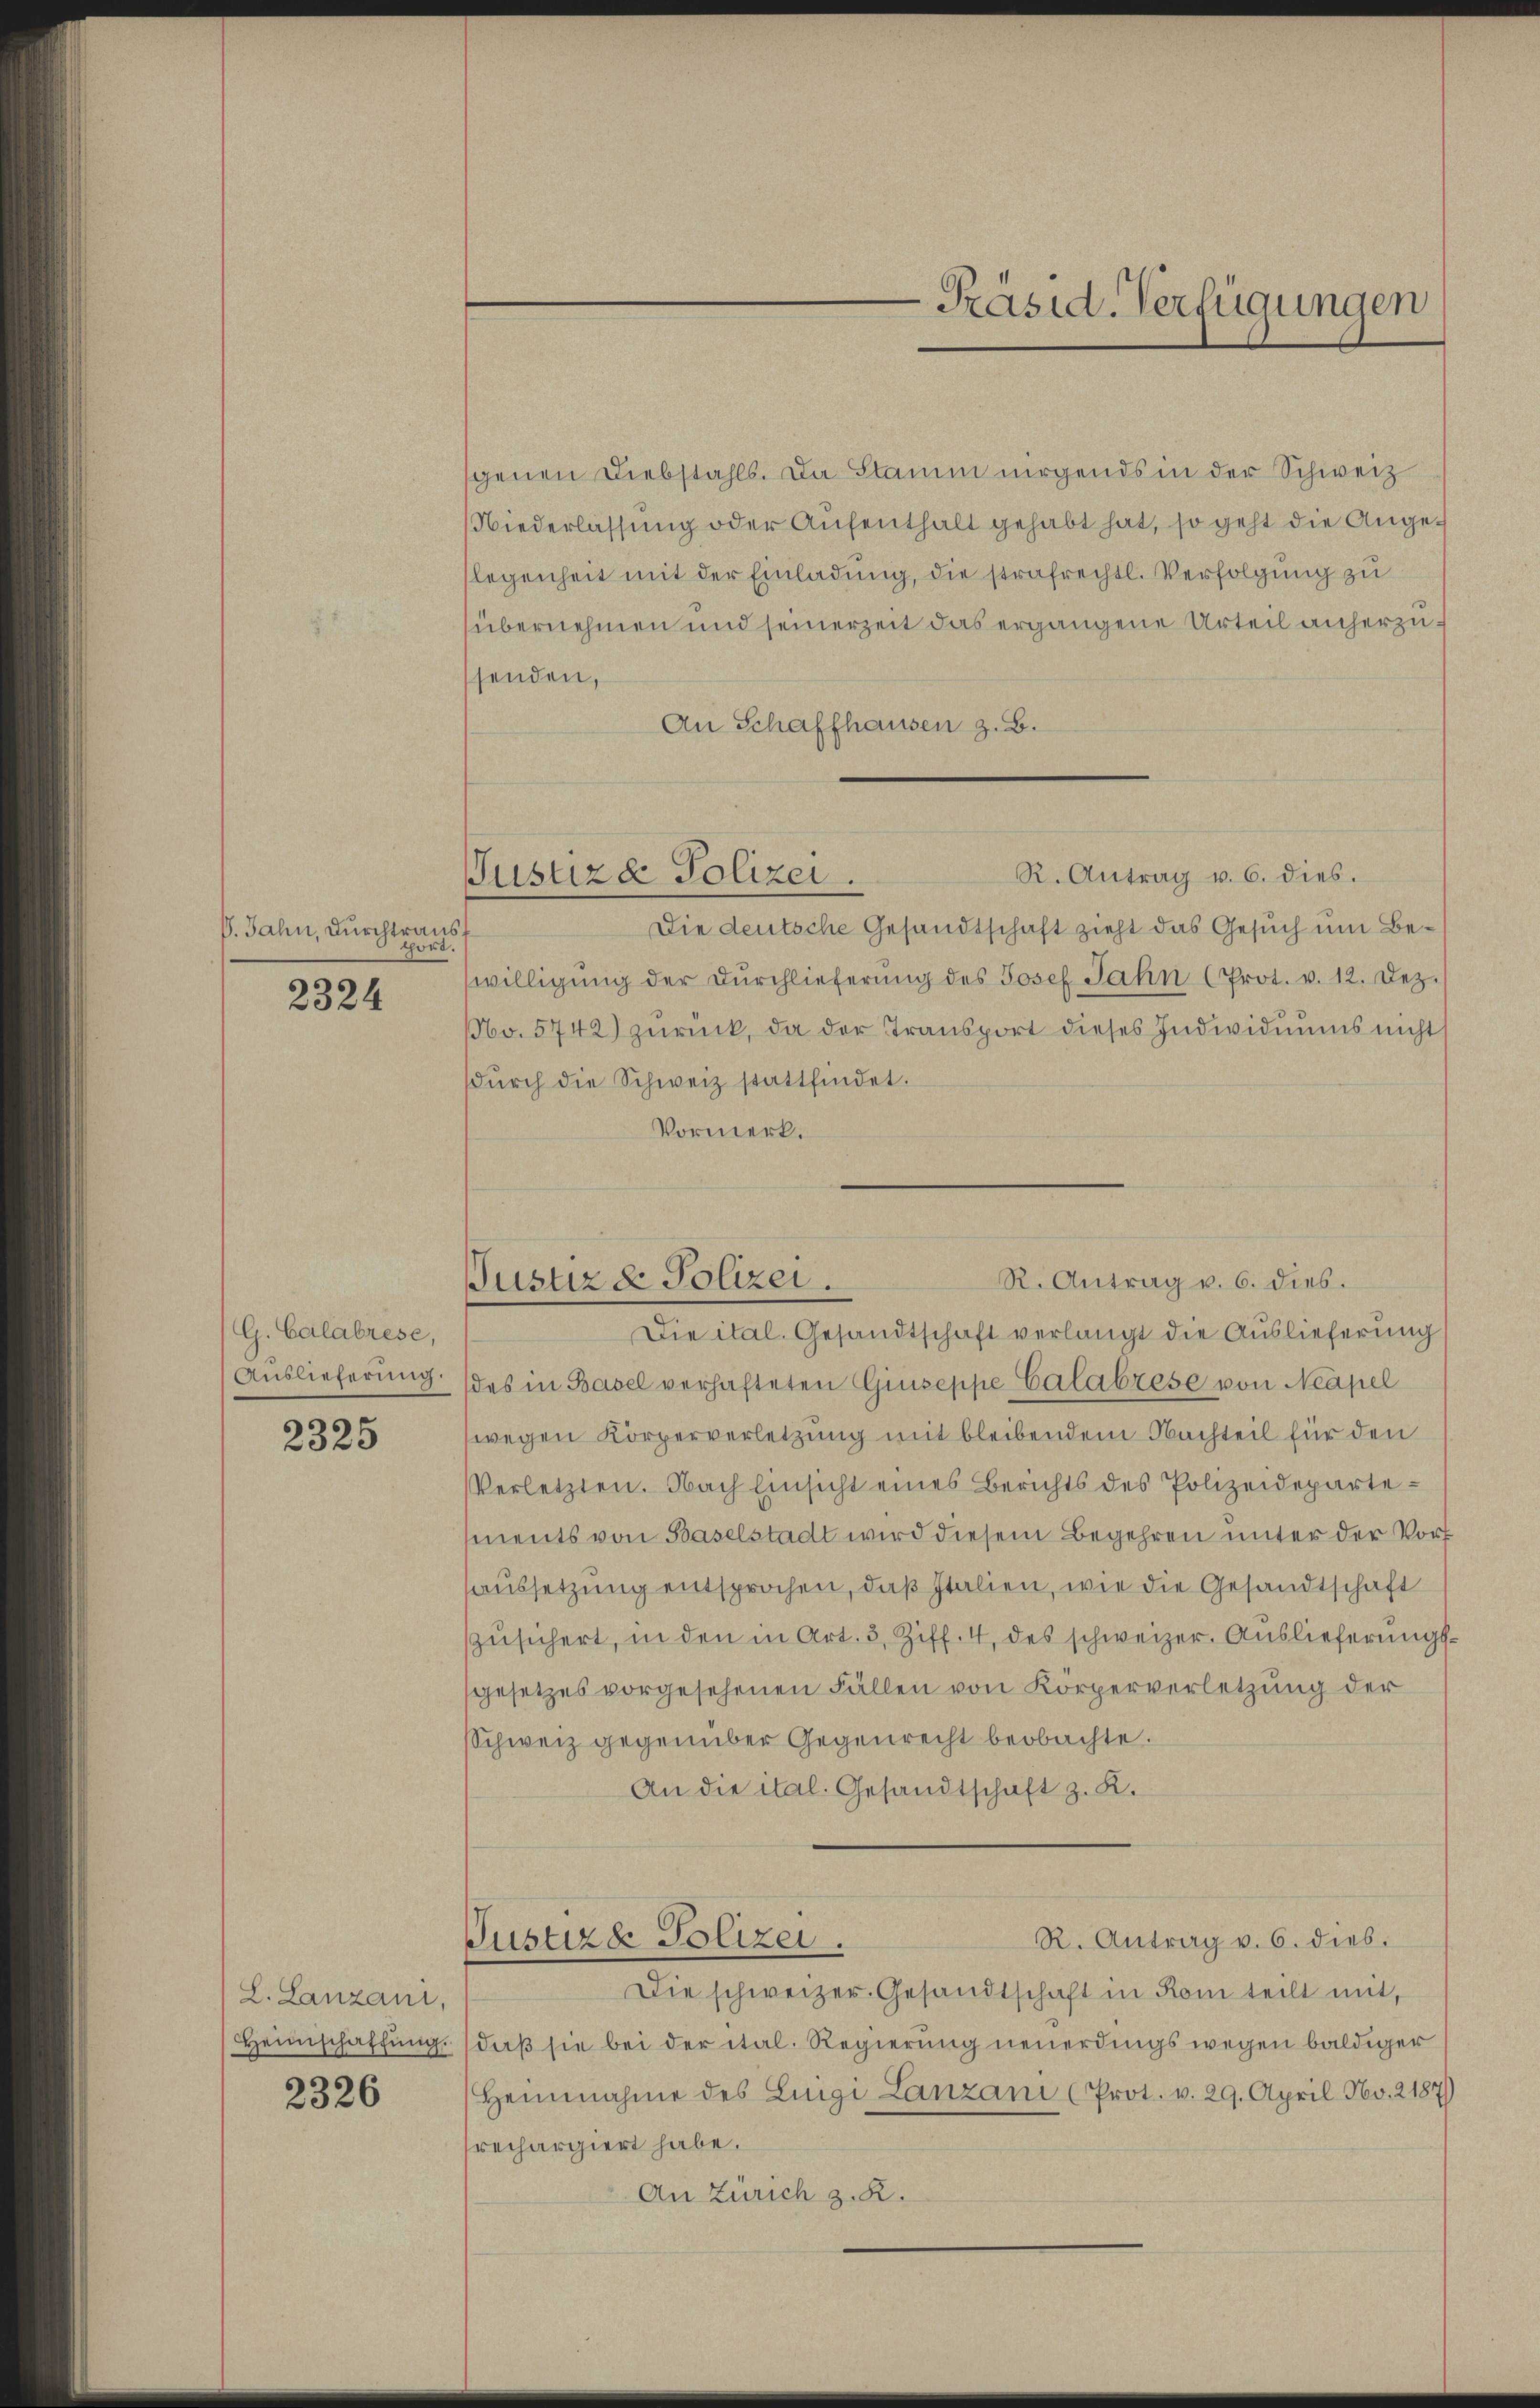
V. Jahn, Durchtraus
pört.

2324

G. Calabrése,
Auslieferung.

2325

L. Lanzani,

2326

Justiza Polizei.

Präsid. Verfügungen

sgenen Diebstahls. Da Stamm nirgends in der Schweiz
Niederlassung oder Aufenthalt gehabt hat, so geht die Angelegenheit mit der Einladung, die strafrechtl. Verfolgung zu
übernehmen und seinerzeit das ergangene Urteil anherzusenden,
An Schaffhausen z. B.
R. Antrag v. 6. dies.
Die deutsche Gesandtschaft zieht das Gesuch um Bewilligŭng der Dŭrchlieferung des Josef Jahn (Prot. v. 12. Dez.
No. 5742) zurück, da der Transport dieses Individuums nicht
dŭrch die Schweiz stattfindet.
Vormerk.
R. Antrag v. 6. dies.
Justiz & Polizei.
Die ital. Gesandtschaft verlangt die Auslieferung
des in Basel verhafteten Giuseppe Calabzese von Neapel
wegen Körperverletzung mit bleibendem Nachteil für den
Verletzten. Nach Einsicht eines Berichts des Polizeidepartements von Baselstadt wird diesem Begehren unter der Voraussetzung entsprochen, daß Italien, wie die Gesandtschaft
zŭsichert, in den in Art. 3, Ziff. 4, des schweizer. Auslieferungsgesetzes vorgesehenen Fällen von Körperverletzung der
Schweiz gegenüber Gegenrecht beobachte.
An die ital. Gesandtschaft z. K.

R. Antrag v. 6. dieb.
Justizde Polizei.

Die schweizer. Gesandtschaft in Rom teilt mit,
Heimschaffung, daß sie bei der ital. Regierung neuerdings wegen baldiger
Heinnahme des Luigi Lanzani (Prot. v. 29. April No. 2187)
srechargiert habe.
An Zürich z. R.